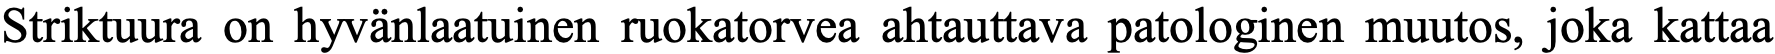
Striktuura on hyvänlaatuinen ruokatorvea ahtauttava patologinen muutos, joka kattaa